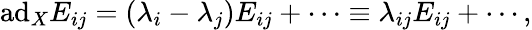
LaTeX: \mathrm{ad}_{X}E_{ij}=(\lambda_{i}-\lambda_{j})E_{ij}+\cdots\equiv\lambda_{ij}E_{ij}+\cdots,